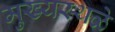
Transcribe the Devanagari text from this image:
मुख्यस्थळे